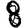
Digit: 8